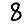
Digit: 8